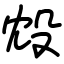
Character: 㱽